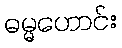
ဓမ္မဟောင်း